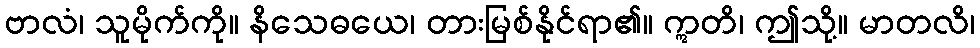
ဗာလံ၊ သူမိုက်ကို။ နိသေဓယေ၊ တားမြစ်နိုင်ရာ၏။ ဣတိ၊ ဤသို့။ မာတလိ၊